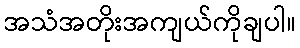
အသံအတိုးအကျယ်ကိုချပါ။